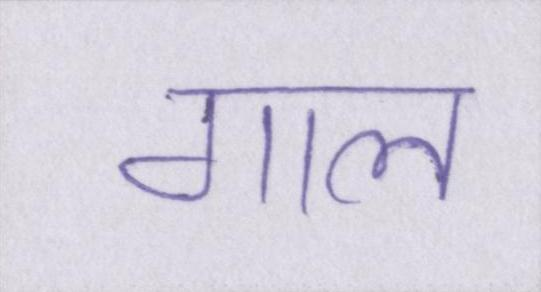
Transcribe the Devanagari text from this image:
गाल